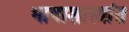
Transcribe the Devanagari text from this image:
भाषाशास्त्रांत